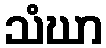
သံဃာ